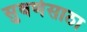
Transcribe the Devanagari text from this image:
सुवर्णसाठा